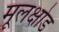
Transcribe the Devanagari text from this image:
मूलक्षोड